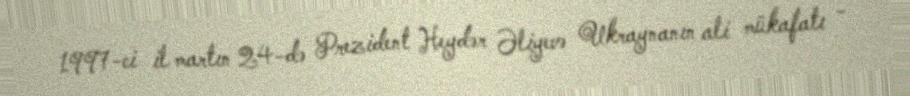
1997-ci il martın 24-də Prezident Heydər Əliyevə Ukraynanın ali mükafatı -